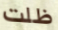
ظلت